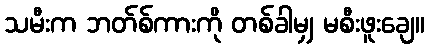
သမီးက ဘတ်စ်ကားကို တစ်ခါမျှ မစီးဖူးချေ။